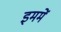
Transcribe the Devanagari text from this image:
इममें